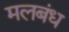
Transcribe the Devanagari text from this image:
मलबंध